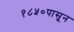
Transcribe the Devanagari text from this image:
१८५०पासून